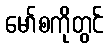
မော်စကိုတွင်